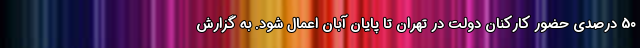
50 درصدی حضور کارکنان دولت در تهران تا پایان آبان اعمال شود. به گزارش